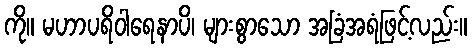
ကို။ မဟာပရိဝါရေနာပိ၊ များစွာသော အခြံအရံဖြင့်လည်း။